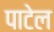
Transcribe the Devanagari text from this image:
पाटेल